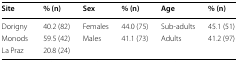
| Site | % (n) | Sex | % (n) | Age | % (n) |
 | --- | --- | --- | --- | --- | --- |
 | Dorigny | 40.2 (82) | Females | 44.0 (75) | Sub-adults | 45.1 (51) |
 | Monods | 59.5 (42) | Males | 41.1 (73) | Adults | 41.2 (97) |
 | La Praz | 20.8 (24) |  |  |  |  |